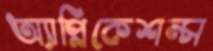
অ্যাপ্লিকেশন্স